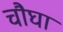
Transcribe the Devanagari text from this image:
चौघां